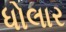
ધોલાર